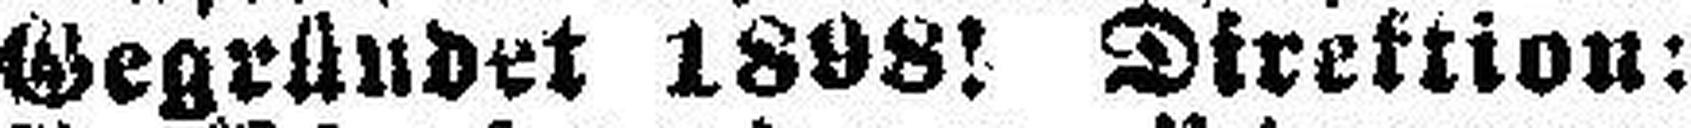
Gegründet 1898! Direktion: